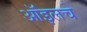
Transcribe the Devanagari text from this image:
ऑइलचे